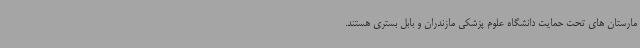
مارستان های تحت حمایت دانشگاه علوم پزشکی مازندران و بابل بستری هستند.